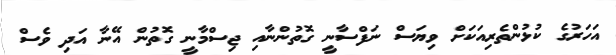
އަހަރުގެ ކުޅުންތެރިއަކަށް ވިޔަސް ނަފްސާނީ ގޮތުންނާއި ޖިސްމާނީ ގޮތުން އޭނާ އަދި ވެސް